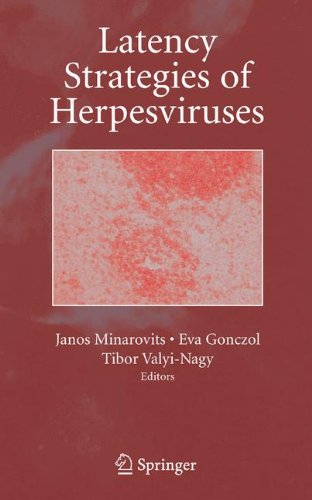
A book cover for Latency Strategies of Herpesviruses; Medical Books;